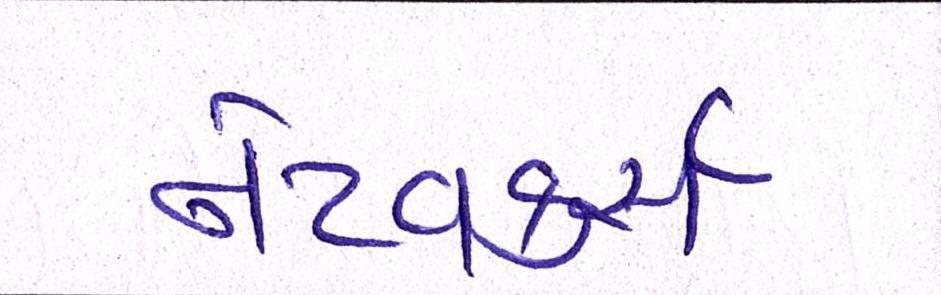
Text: નેટવર્ક્સ